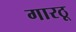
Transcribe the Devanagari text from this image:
गारठू